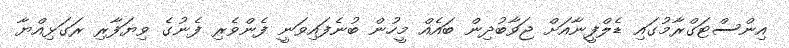
އިންސްޓަގްރާމުގައި ޑެލްފީނާއަށް ޖަވާބުދިން ބައެއް މީހުން ބުނެފައިވަނީ ފެންވެރި ފެނުގެ ވިޔަފާރި ރަގަޅިއްޔާ